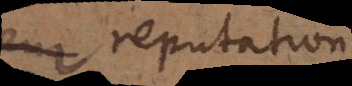
en reputation